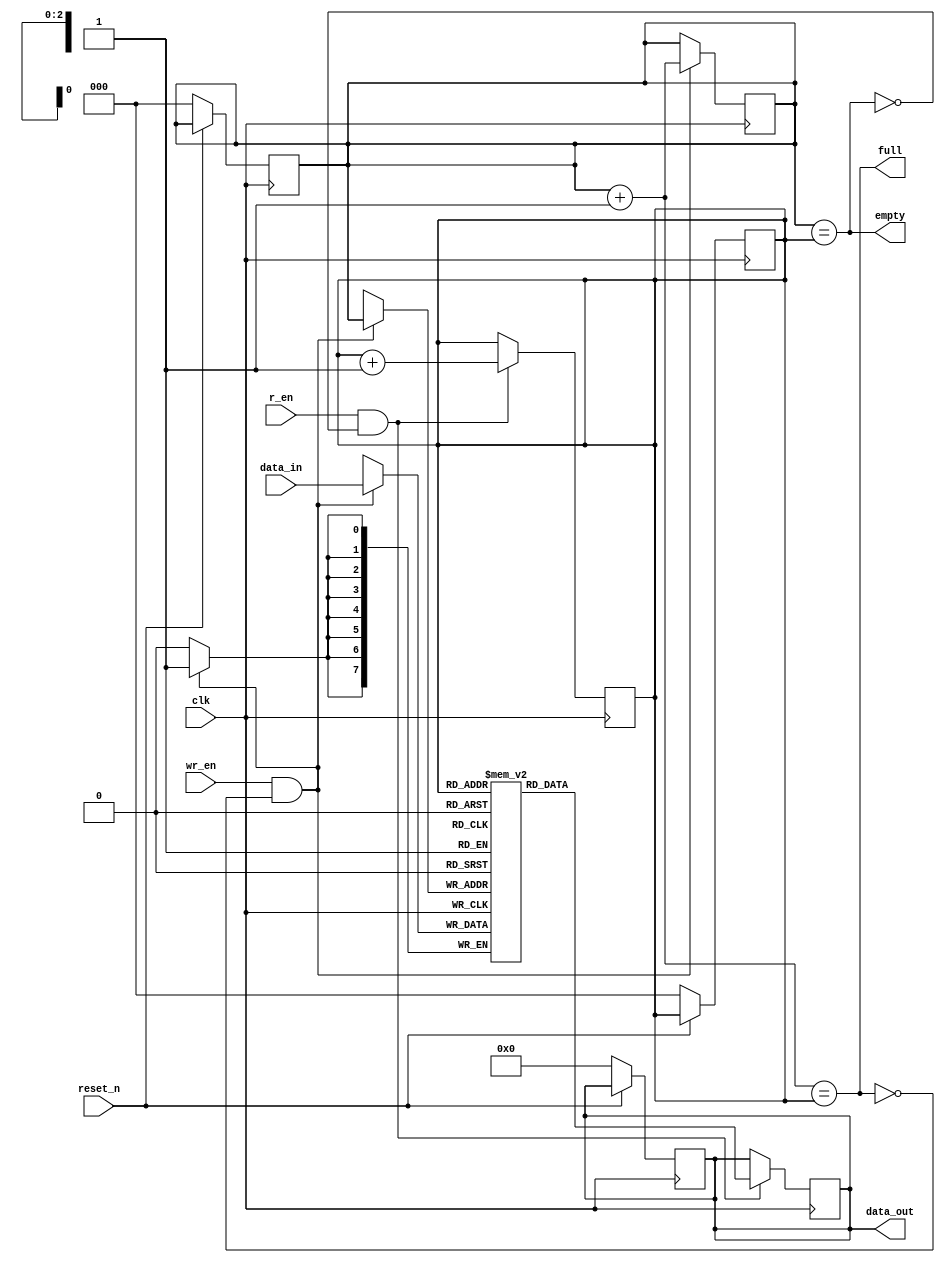
module synchronous_fifo #(parameter fifo_depth=8, DATAWIDTH=8) (
  input clk, reset_n,
  input wr_en, r_en,
  input [DATAWIDTH-1:0] data_in,
  output reg [DATAWIDTH-1:0] data_out,
  output full, empty
);
  
  reg [2:0] w_ptr, r_ptr;
  reg [DATAWIDTH-1:0] fifo[fifo_depth];
  
  // Sreset
  always@(posedge clk) begin
    if(!reset_n) begin
      w_ptr <= 0; r_ptr <= 0;
      data_out <= 0;
    end
  end
  
  // write operation
  always@(posedge clk) begin
    if(wr_en & !full)begin
      fifo[w_ptr] <= data_in;
      w_ptr <= w_ptr + 1;
    end
  end
  
  // read operation 
  always@(posedge clk) begin
    if(r_en & !empty) begin
      data_out <= fifo[r_ptr];
      r_ptr <= r_ptr + 1;
    end
  end
  
  assign full = ((w_ptr+1'b1) == r_ptr);
  assign empty = (w_ptr == r_ptr);
endmodule